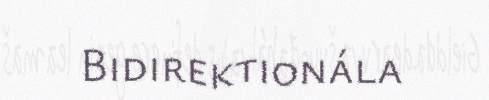
Bidirektionála